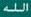
الله